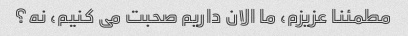
مطمئنا عزیزم، ما الان داریم صحبت می کنیم، نه؟